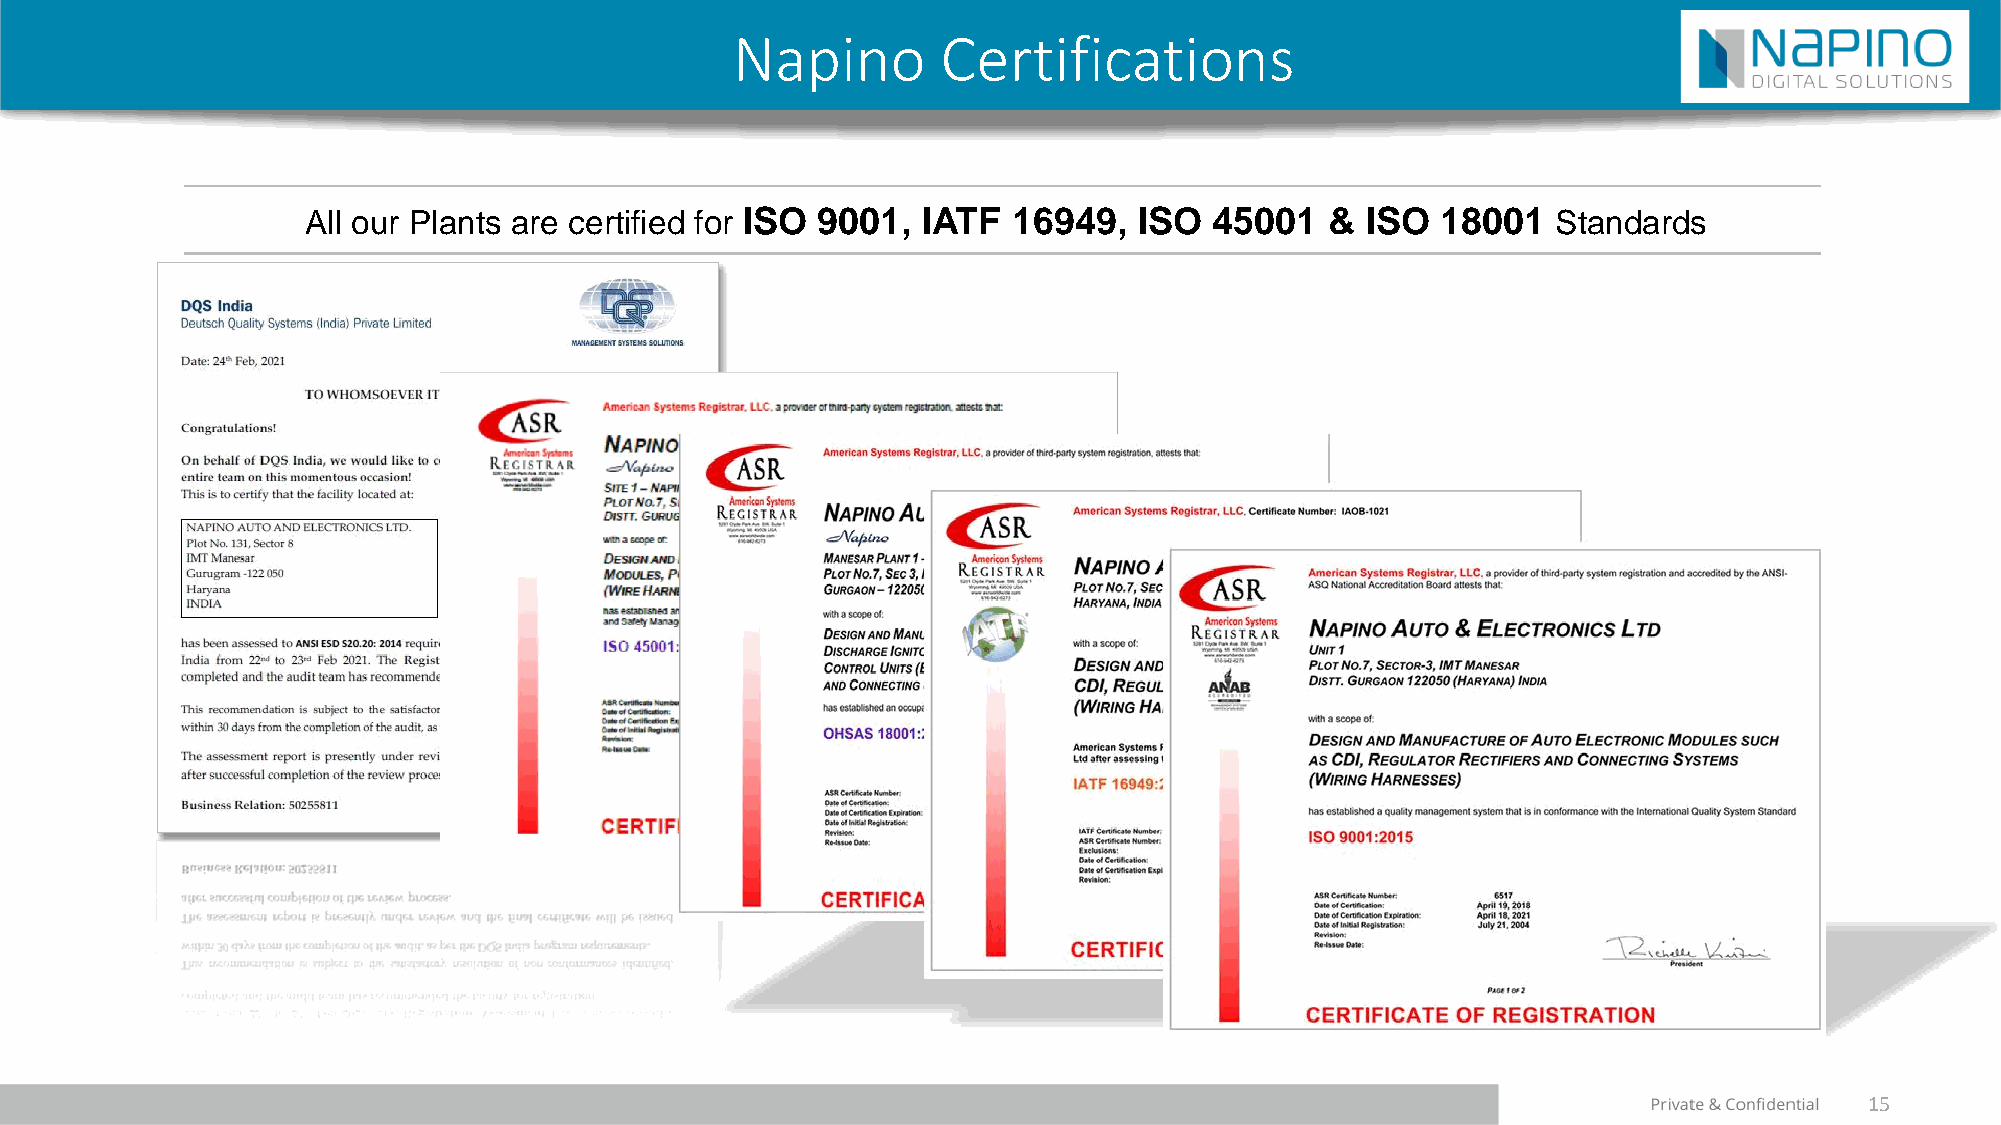
Napino        Certifications
 All our Plants are certified for ISO 9001, IATF 16949, ISO  45001   & ISO  18001   Standards
 15